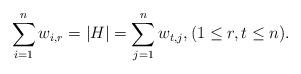
LaTeX: \begin{align*}\sum_{i = 1}^n w_{i,r} = |H| = \sum_{j = 1}^n w_{t,j},(1\leq r, t\leq n).\\\end{align*}